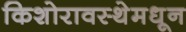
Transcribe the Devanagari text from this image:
किशोरावस्थेमधून